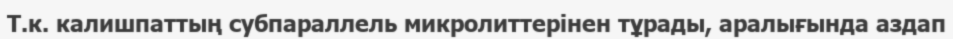
Т.к. калишпаттың субпараллель микролиттерінен тұрады, аралығында аздап